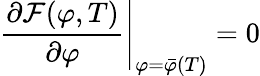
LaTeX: {\frac{\partial{\cal F}(\varphi,T)}{\partial\varphi}}\Bigg|_{\varphi=\bar{\varphi}(T)}=0